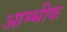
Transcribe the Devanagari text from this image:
आम्भीक